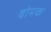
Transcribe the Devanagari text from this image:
वोमक